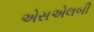
એસએલબી